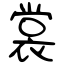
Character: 裳